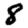
Digit: 8